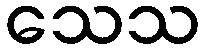
သေသ